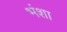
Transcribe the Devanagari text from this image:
भंशा